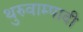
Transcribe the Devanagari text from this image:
थुरुवाम्पादी